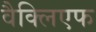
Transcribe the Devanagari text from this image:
वैक्लिएफ